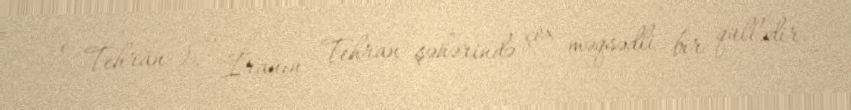
e Tehrān ), , İranın Tehran şəhərində çox məqsədli bir qüllədir.